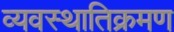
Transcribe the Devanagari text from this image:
व्यवस्थातिक्रमण